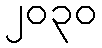
၂၀၃၀